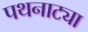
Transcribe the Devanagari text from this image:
पथनाट्या